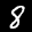
Label: 8